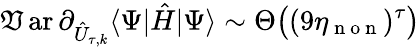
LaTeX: \operatorname{\mathfrak{V}ar}\partial_{\hat{{U}}_{\tau,k}}\langle\Psi|\hat{{H}}|\Psi\rangle\sim\Theta\big((9\eta_{\mathrm{{~n~o~n~}}})^{\tau}\big)